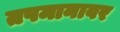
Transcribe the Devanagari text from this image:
तपमानावर